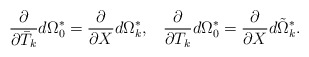
\begin{align*}\frac{\partial }{\partial \bar{T}_{k}}d\Omega^{*}_{0}=\frac{\partial }{\partial X}d\Omega_{k}^{*},\;\;\;\frac{\partial }{\partial T_{k}}d\Omega_{0}^{*}=\frac{\partial }{\partial X}d\tilde{\Omega}_{k}^{*}.\end{align*}